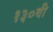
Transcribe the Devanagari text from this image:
१३०वी